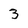
Character: 3